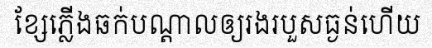
ខ្សែភ្លើងឆក់បណ្តាលឲ្យរងរបួសធ្ងន់ហើយ